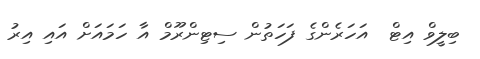
ބިލީވް އިޓް  އަހަރެންގެ ފަހަތުން ސިޓިންރޫމް އާ ހަމައަށް އައި އިރު